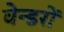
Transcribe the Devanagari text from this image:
वेन्डरों